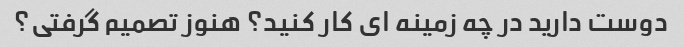
دوست دارید در چه زمینه ای کار کنید؟ هنوز تصمیم گرفتی؟